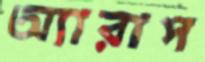
অ্যারাপ